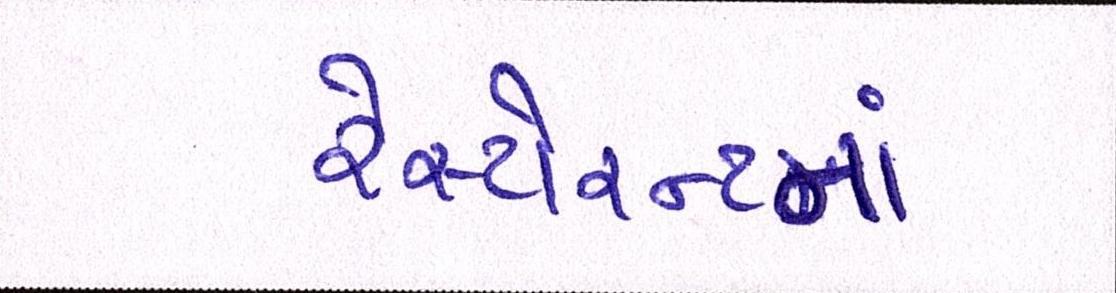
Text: રેસ્ટોરન્ટનાં